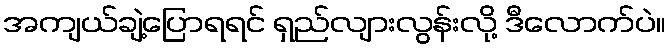
အကျယ်ချဲ့ပြောရရင် ရှည်လျားလွန်းလို့ ဒီလောက်ပဲ။